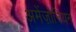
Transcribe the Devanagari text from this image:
अमेंज़ोनियन